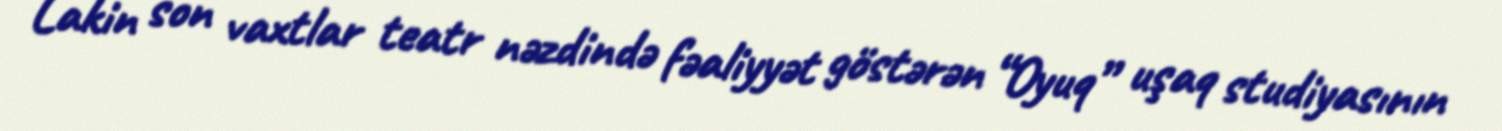
Lakin son vaxtlar teatr nəzdində fəaliyyət göstərən “Oyuq” uşaq studiyasının